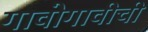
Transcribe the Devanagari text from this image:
गावोगावीची